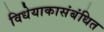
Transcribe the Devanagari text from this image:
विधेयाकासंबंधित